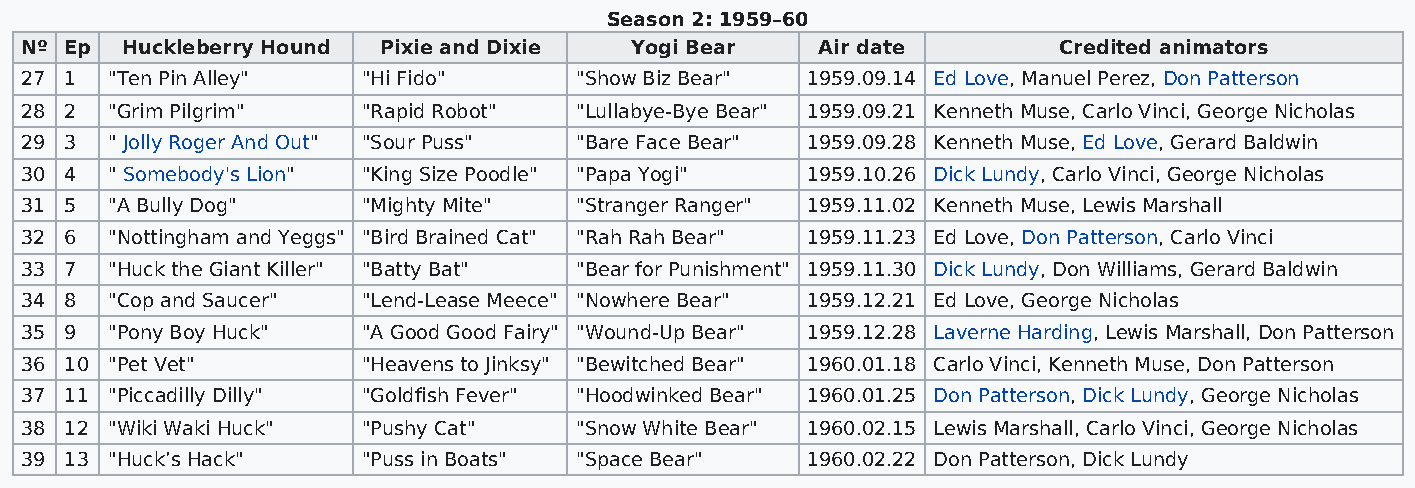
Season 2: 1959–60
 Nº Ep  Huckleberry Hound Pixie and Dixie Yogi Bear   Air date        Credited animators
 27 1  "Ten Pin Alley"  "Hi Fido"     "Show Biz Bear" 1959.09.14 Ed Love, Manuel Perez, Don Patterson
 28 2  "Grim Pilgrim"   "Rapid Robot" "Lullabye-Bye Bear" 1959.09.21 Kenneth Muse, Carlo Vinci, George Nicholas
 29 3  " Jolly Roger And Out" "Sour Puss" "Bare Face Bear" 1959.09.28 Kenneth Muse, Ed Love, Gerard Baldwin
 30 4  " Somebody's Lion" "King Size Poodle" "Papa Yogi" 1959.10.26 Dick Lundy, Carlo Vinci, George Nicholas
 31 5  "A Bully Dog"    "Mighty Mite" "Stranger Ranger" 1959.11.02 Kenneth Muse, Lewis Marshall
 32 6  "Nottingham and Yeggs" "Bird Brained Cat" "Rah Rah Bear" 1959.11.23 Ed Love, Don Patterson, Carlo Vinci
 33 7  "Huck the Giant Killer" "Batty Bat" "Bear for Punishment" 1959.11.30 Dick Lundy, Don Williams, Gerard Baldwin
 34 8  "Cop and Saucer" "Lend-Lease Meece" "Nowhere Bear" 1959.12.21 Ed Love, George Nicholas
 35 9  "Pony Boy Huck"  "A Good Good Fairy" "Wound-Up Bear" 1959.12.28 Laverne Harding, Lewis Marshall, Don Patterson
 36 10 "Pet Vet"        "Heavens to Jinksy" "Bewitched Bear" 1960.01.18 Carlo Vinci, Kenneth Muse, Don Patterson
 37 11 "Piccadilly Dilly" "Goldfish Fever" "Hoodwinked Bear" 1960.01.25 Don Patterson, Dick Lundy, George Nicholas
 38 12 "Wiki Waki Huck" "Pushy Cat"   "Snow White Bear" 1960.02.15 Lewis Marshall, Carlo Vinci, George Nicholas
 39 13 "Huck’s Hack"    "Puss in Boats" "Space Bear" 1960.02.22 Don Patterson, Dick Lundy